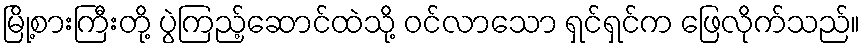
မြို့စားကြီးတို့ ပွဲကြည့်ဆောင်ထဲသို့ ဝင်လာသော ရှင်ရှင်က ဖြေလိုက်သည်။